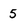
Character: 5